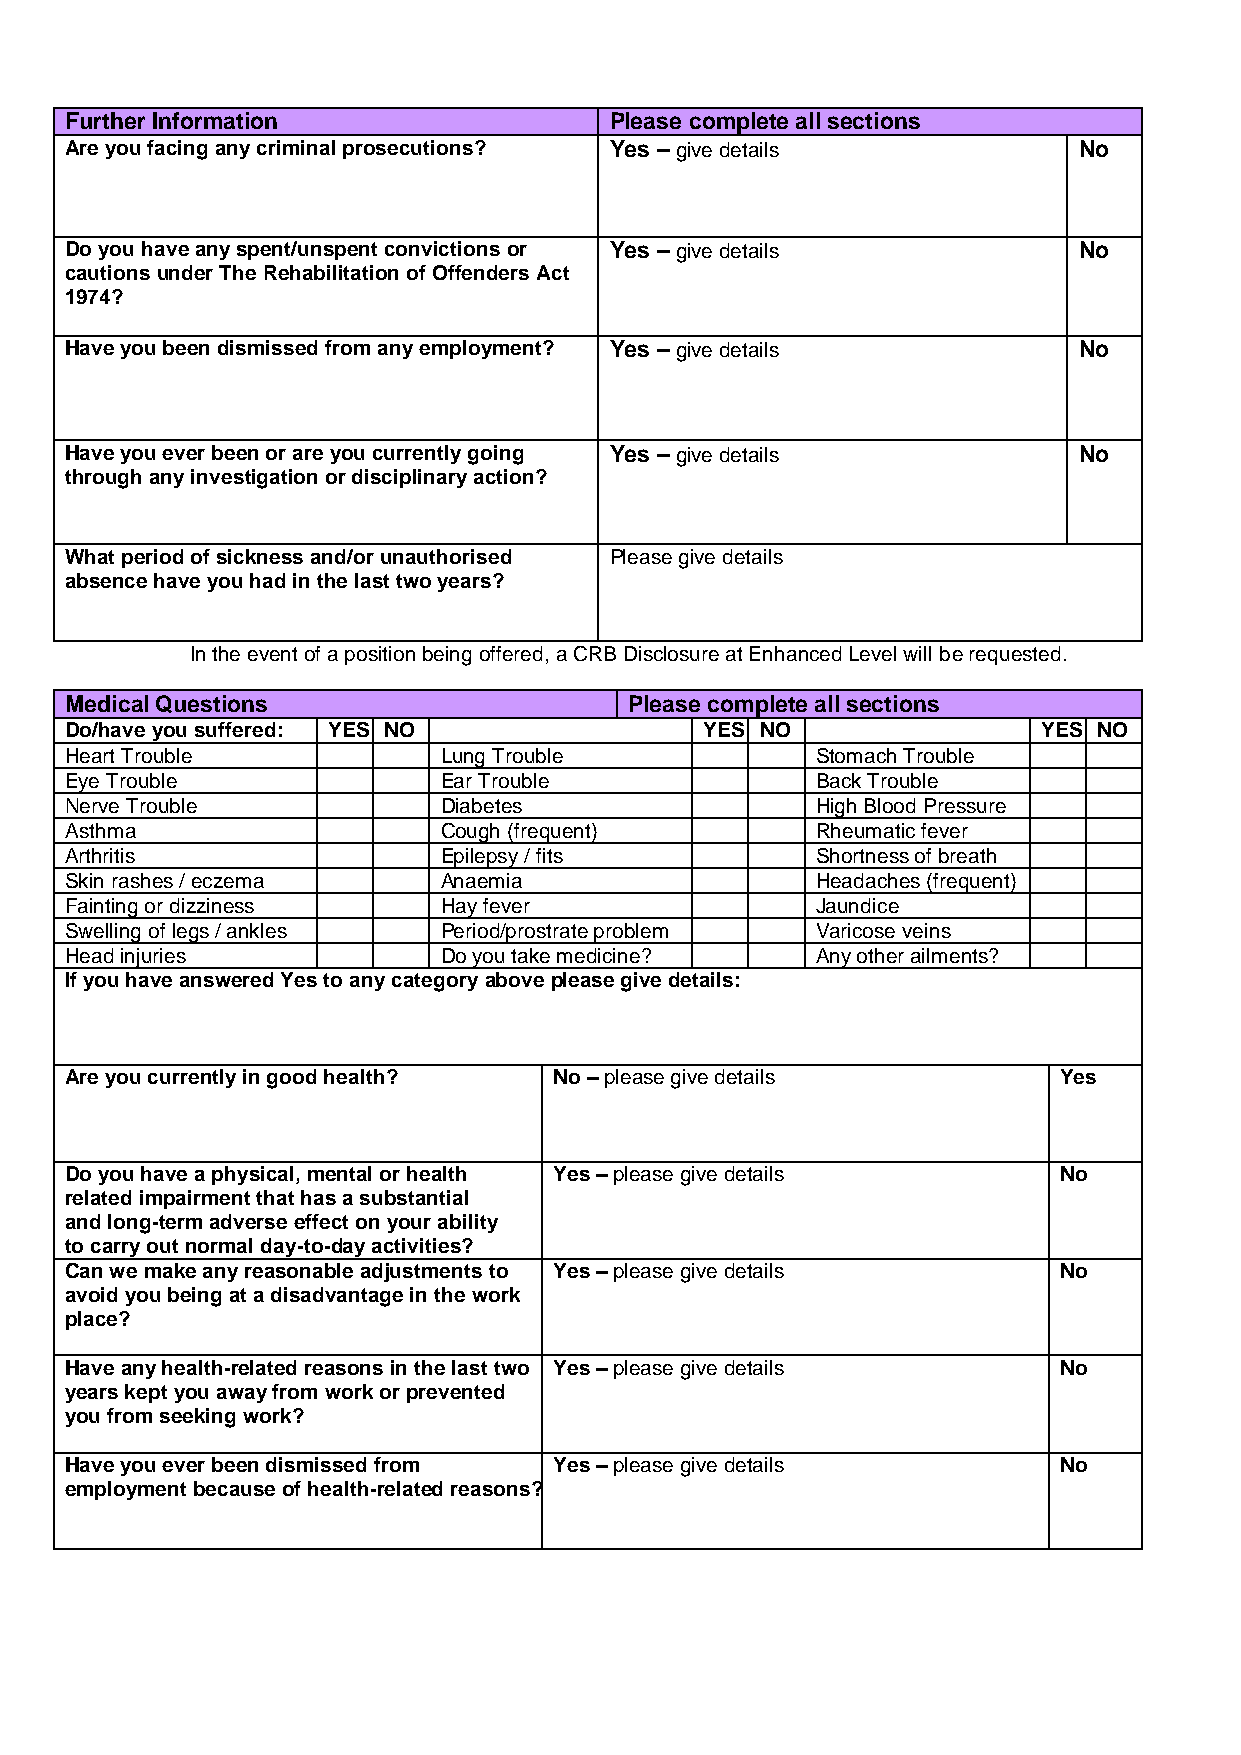
Further Information                 Please complete all sections
 Are you facing any criminal prosecutions? Yes – give details       No
 Do you have any spent/unspent convictions or Yes – give details    No
 cautions under The Rehabilitation of Offenders Act
 1974?
 Have you been dismissed from any employment? Yes – give details    No
 Have you ever been or are you currently going Yes – give details   No
 through any investigation or disciplinary action?
 What period of sickness and/or unauthorised Please give details
 absence have you had in the last two years?
 In the event of a position being offered, a CRB Disclosure at Enhanced Level will be requested.
 Medical Questions                     Please complete all sections
 Do/have you suffered: YES NO               YES NO                YES NO
 Heart Trouble            Lung Trouble             Stomach Trouble
 Eye Trouble              Ear Trouble              Back Trouble
 Nerve Trouble            Diabetes                 High Blood Pressure
 Asthma                   Cough (frequent)         Rheumatic fever
 Arthritis                Epilepsy / fits          Shortness of breath
 Skin rashes / eczema     Anaemia                  Headaches (frequent)
 Fainting or dizziness    Hay fever                Jaundice
 Swelling of legs / ankles Period/prostrate problem Varicose veins
 Head injuries            Do you take medicine?    Any other ailments?
 If you have answered Yes to any category above please give details:
 Are you currently in good health? No – please give details        Yes
 Do you have a physical, mental or health Yes – please give details No
 related impairment that has a substantial
 and long-term adverse effect on your ability
 to carry out normal day-to-day activities?
 Can we make any reasonable adjustments to Yes – please give details No
 avoid you being at a disadvantage in the work
 place?
 Have any health-related reasons in the last two Yes – please give details No
 years kept you away from work or prevented
 you from seeking work?
 Have you ever been dismissed from Yes – please give details       No
 employment because of health-related reasons?